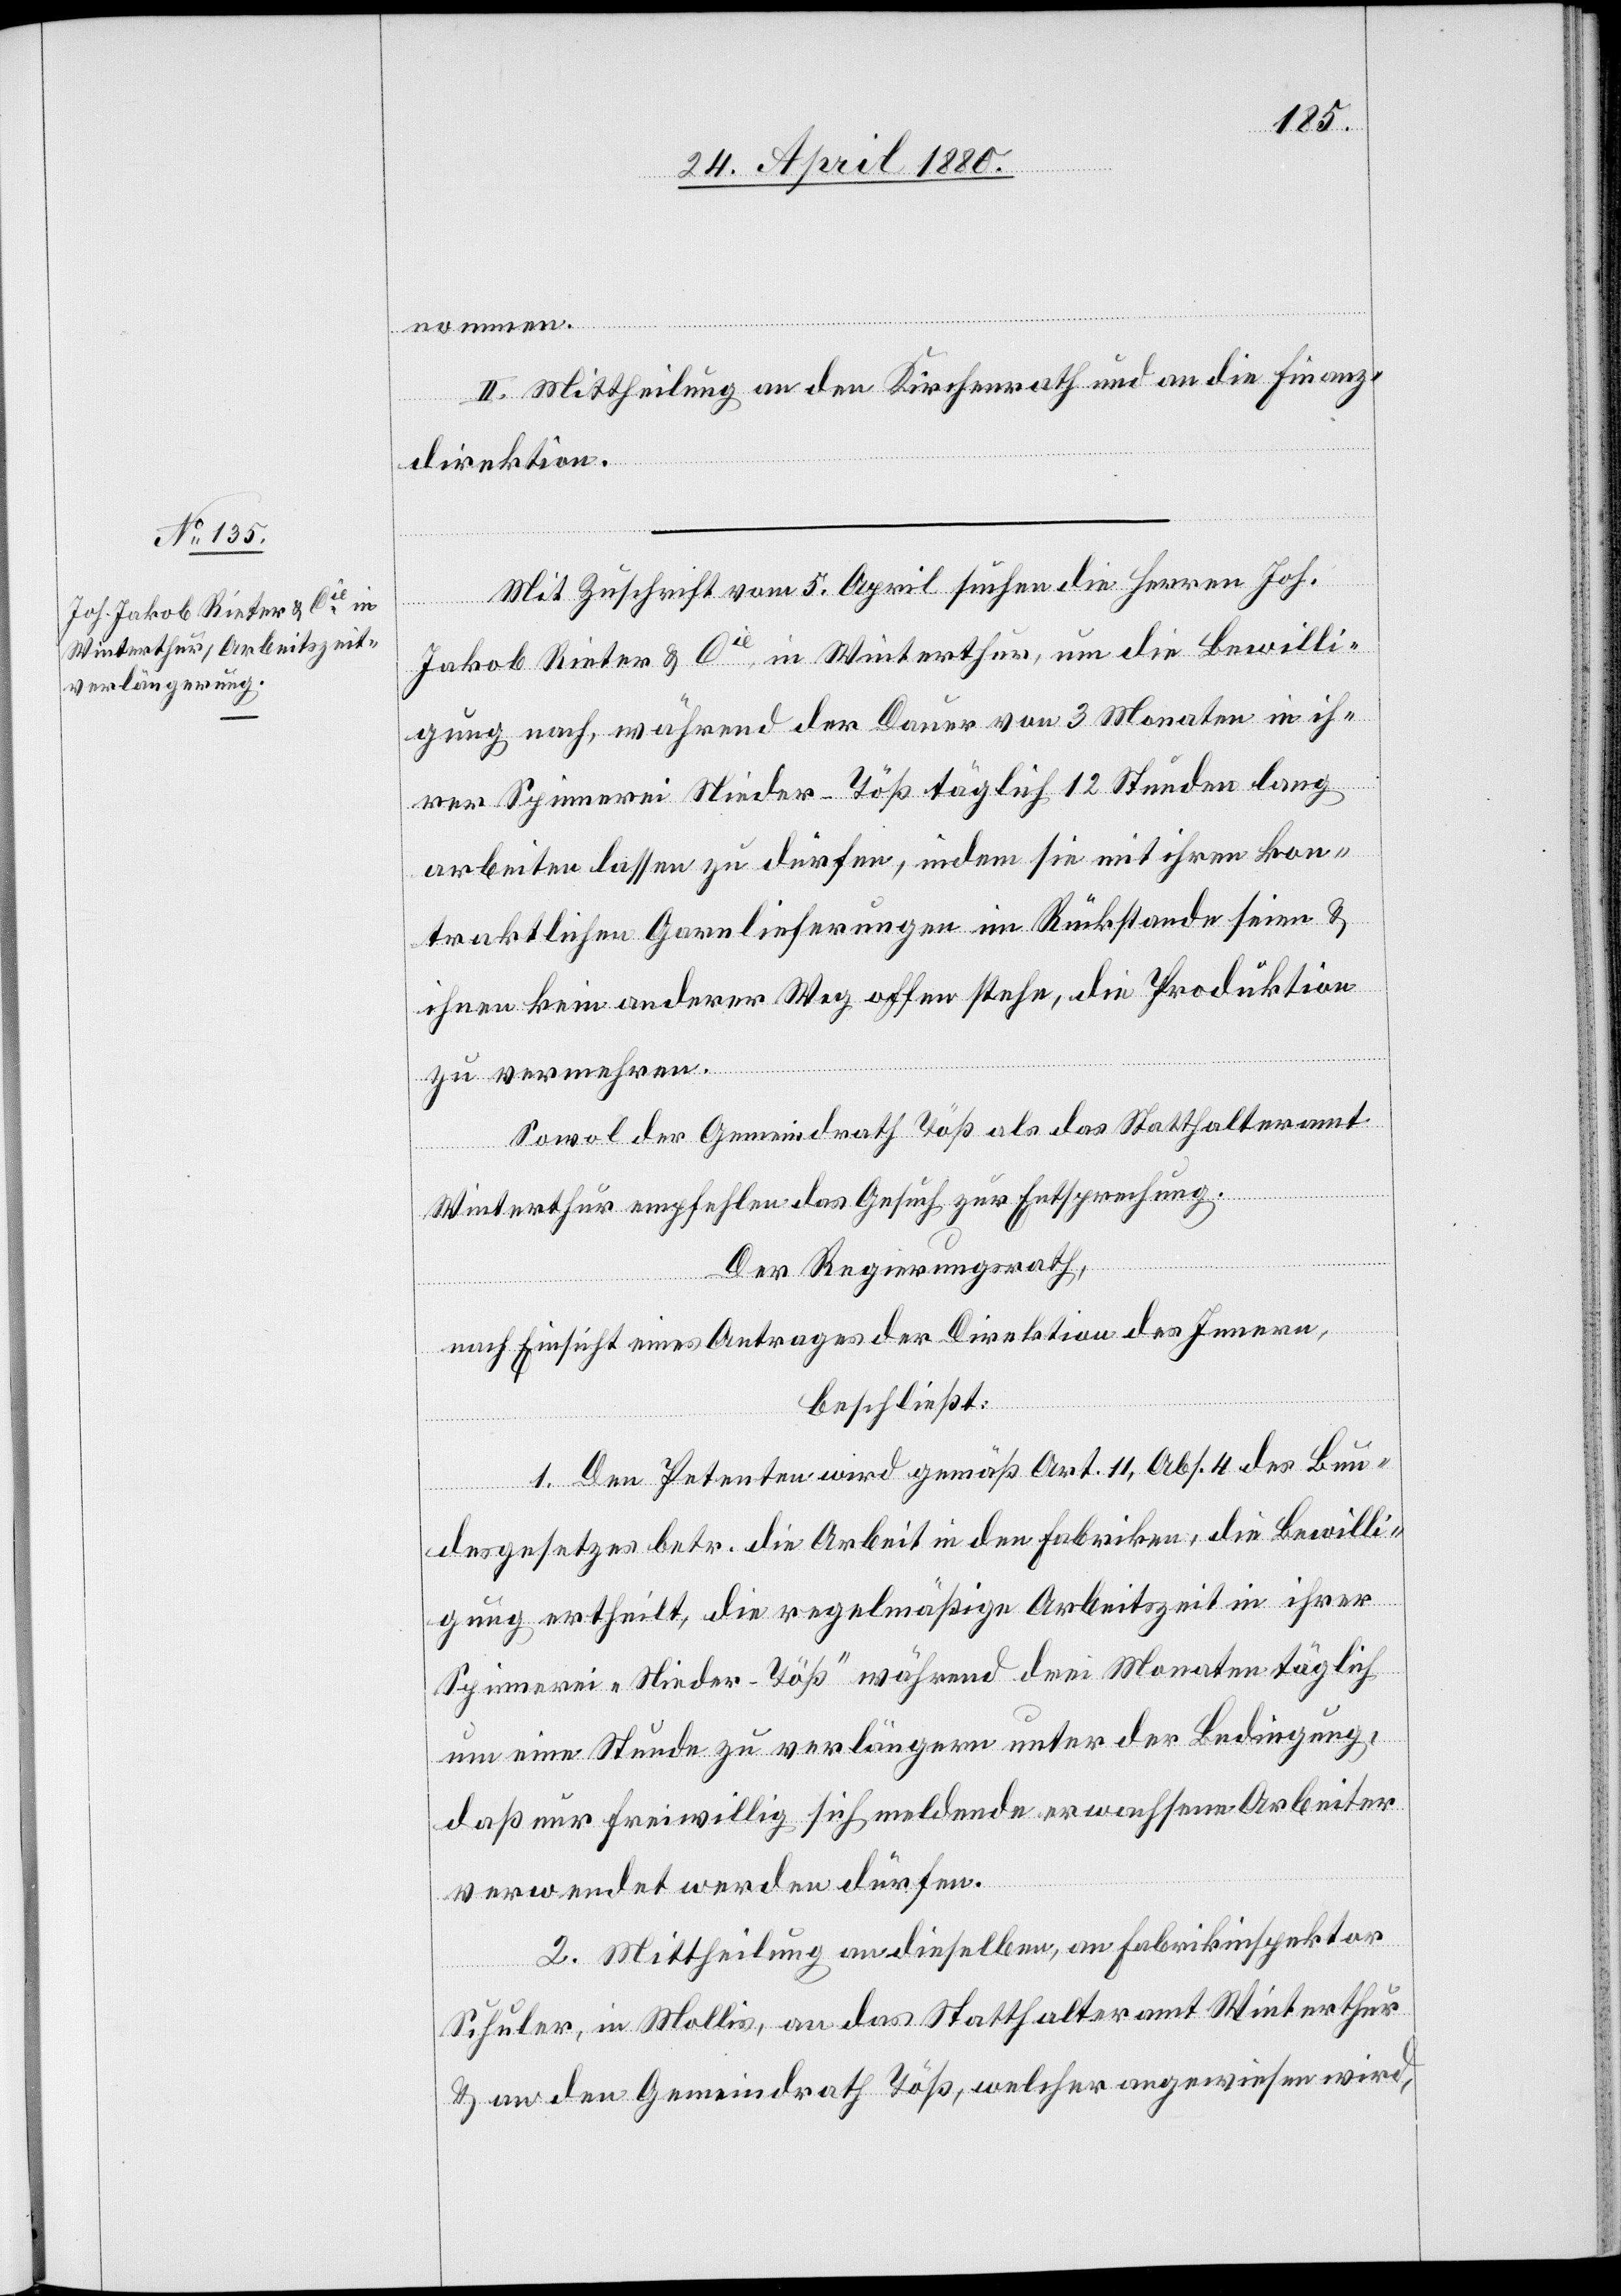
nommen.
II. Mittheilung an den Kirchenrath und an die Finanz¬
direktion.
Mit Zuschrift vom 5. April suchen die Herren Joh.
Jakob Rieter & Cie in Winterthur, um die Bewilli¬
gung nach, während der Dauer von 3 Monaten in ih¬
rer Spinnerei Nieder-Töß täglich 12 Stunden lang
arbeiten lassen zu dürfen, indem sie mit ihren kon¬
traktlichen Garnlieferungen im Rückstande seien &
ihnen kein anderer Weg offenliege, die Produktion
zu vermehren.
Sowol der Gemeindrath Töß als das Statthalteramt
Winterthur empfehlen das Gesuch zur Entsprechung.
Der Regierungsrath;
nach Einsicht eines Antrages der Direktion des Innern,
beschließt:
1. Den Petenten wird gemäß Art. 11, Abs. 4 des Bun¬
desgesetzes betr. die Arbeit in den Fabriken, die Bewilli¬
gung ertheilt, die regelmäßige Arbeitszeit in ihrer
Spinnerei „Nieder-Töß“ während drei Monaten täglich
um eine Stunde zu verlängern unter der Bedingung,
daß nur freiwillig sich meldende erwachsene Arbeiter
verwendet werden dürfen.
2. Mittheilung an dieselben, an Fabrikinspektor
Schuler, in Mollis, an das Statthalteramt Winterthur
& an den Gemeidnrath Töß, welcher angewiesen wird,